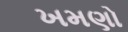
ખમણો